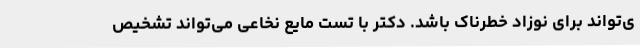
ی‌تواند برای نوزاد خطرناک باشد. دکتر با تست مایع نخاعی می‌تواند تشخیص